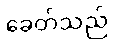
ခေတ်သည်